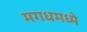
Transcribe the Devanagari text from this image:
मगधमध्ये